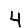
Digit: 4